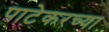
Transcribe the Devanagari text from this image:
पाटेकरच्या